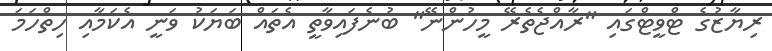
ރިޔާޒުގެ ޓްވީޓްގައި "ރާއްޖެތެރޭ މީހުންނޭ" ބުނެފައިވާތީ އެތައް ބަޔަކު ވަނީ އެކަމާއި ހިތްހަމަ